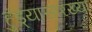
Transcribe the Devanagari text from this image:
हुंड्यासारख्या